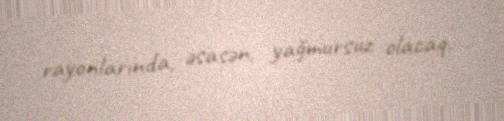
rayonlarında, əsasən, yağmursuz olacaq.